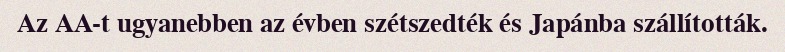
Az AA-t ugyanebben az évben szétszedték és Japánba szállították.